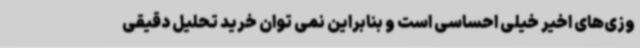
وزی‌های اخیر خیلی احساسی است و بنابراین نمی توان خرید تحلیل دقیقی